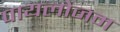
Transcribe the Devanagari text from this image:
पायलोजम